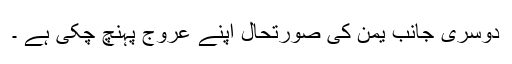
دوسری جانب یمن کی صورتحال اپنے عروج پہنچ چکی ہے ۔